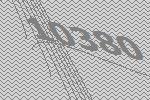
10380